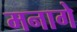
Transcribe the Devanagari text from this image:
मनागे